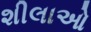
શીલાઓ